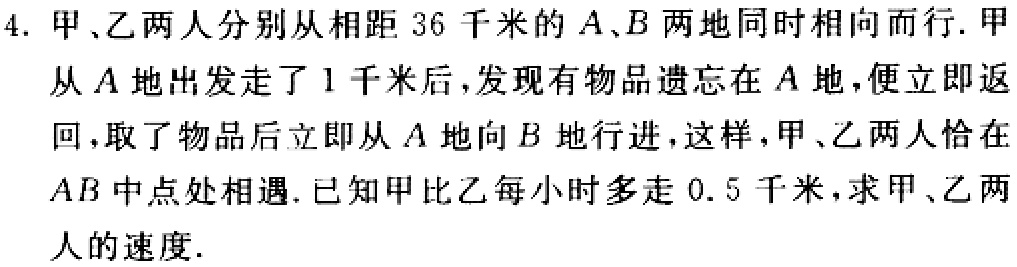
4. 甲、乙两人分别从相距 36 千米的 \(A、B\) 两地同时相向而行. 甲从 \(A\) 地出发走了 1 千米后,发现有物品遗忘在 \(A\) 地,便立即返回,取了物品后立即从 \(A\) 地向 \(B\) 地行进,这样,甲、乙两人恰在 \(AB\) 中点处相遇. 已知甲比乙每小时多走 0.5 千米,求甲、乙两人的速度.